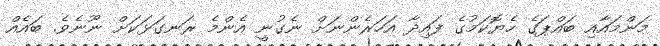
މަންމައާއި ބައްޕަގެ ހެޔޮކަމުގެ ފައިދާ އަހަރެންނަށް ނެގުނީ އެންމެ ރަނގަޅަކަށް ނޫނެވެ. ބައެއް